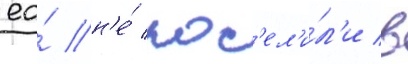
ео́ н'е́ пос'ел'и́л'и в